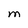
Character: M